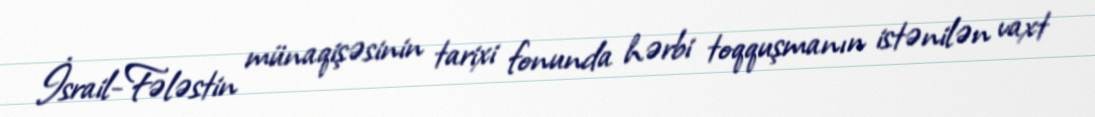
İsrail-Fələstin münaqişəsinin tarixi fonunda hərbi toqquşmanın istənilən vaxt